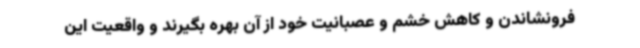
فرونشاندن و کاهش خشم و عصبانیت خود از آن بهره بگیرند و واقعیت این